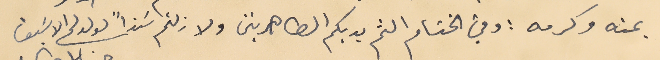
بمنه وكرمه : وفي الختام الثم يديكم الطاهرتين ولا زلتم سَنداً لولدكم الاسَيف